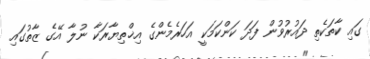
ގައި ކާތަކެތި ދައުރުވުން ފަދަ ކަންކަމަކީ އަހަރެމެންގެ އިޚްތިޔާރަކާ ނުލާ އޭގެ ޒާތުގައި